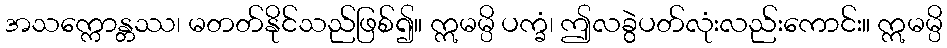
အသက္ကောန္တဿ၊ မတတ်နိုင်သည်ဖြစ်၍။ ဣမမ္ပိ ပက္ခံ၊ ဤလခွဲပတ်လုံးလည်းကောင်း။ ဣမမ္ပိ